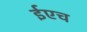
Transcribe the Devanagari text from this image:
ईएच